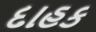
દાહક